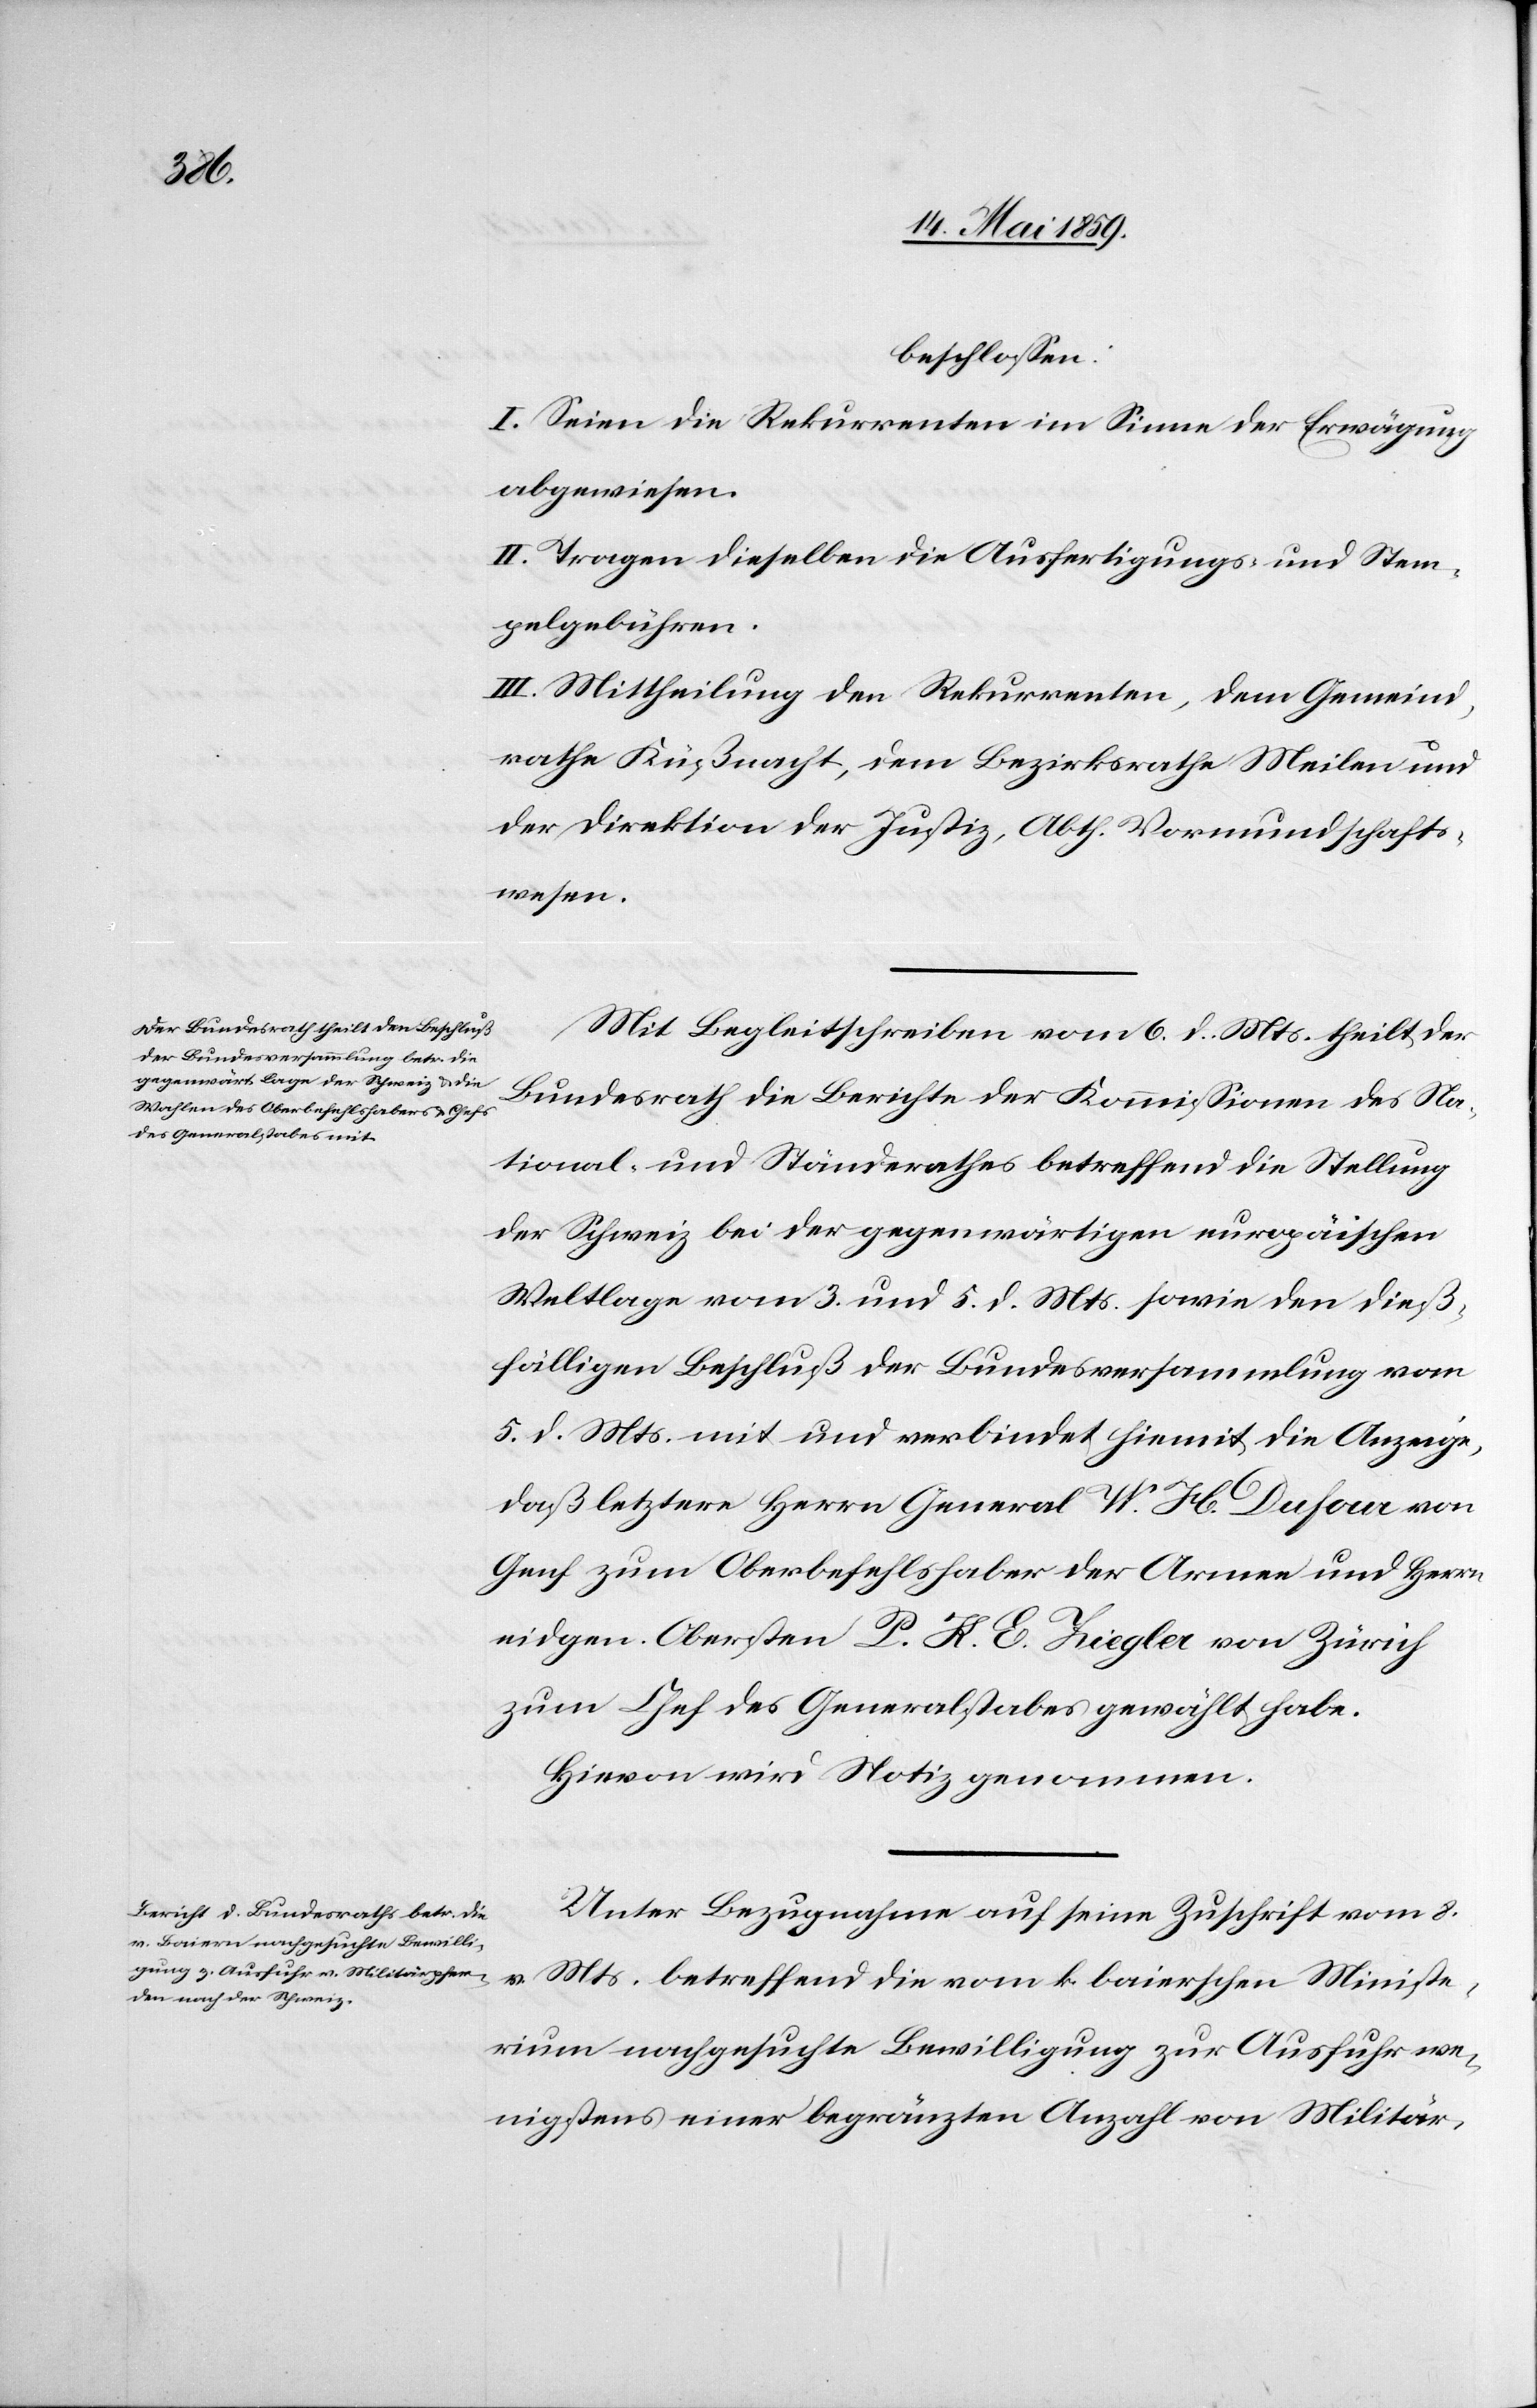
beschloßen:
I. Seien die Rekurrenten im Sinne der Erwägung
abgewiesen.
II. Tragen dieselben die Ausfertigungs- und Stem¬
pelgebühren.
III. Mittheilung den Rekurrenten, dem Gemeind¬
rathe Küßnacht, dem Bezirksrathe Meilen und
der Direktion der Justiz, Abth. Vormundschafts¬
Ministe¬
Mit Begleitschreiben vom 6. d. Mts. theilt der
Bundesrath die Berichte der Kommißionen des Na¬
tional- und Ständerathes betreffend die Stellung
der Schweiz bei der gegenwärtigen europäischen
Weltlage vom 3. und 5. d. Mts. sowie den dieß¬
fälligen Beschluß der Bundesversammlung vom
5. d. Mts. mit und verbindet hiemit die Anzeige,
daß letztere Herrn General W. H. Dufour von
Genf zum Oberbefehlshaber der Armee und Herrn
eidgen. Obersten P. K. E. Ziegler von Zürich
zum Chef des Generalstabes gewählt habe.
Hievon wird Notiz genommen.
Unter Bezugnahme auf seine Zuschrift vom 8.
rium nachgesuchte Bewilligung zur Ausfuhr we¬
nigstens einer begränzten Anzahl von Militär-